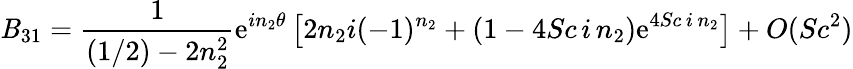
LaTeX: \mathit{B}_{31}={\frac{{1}}{{(1/2)-2n_{2}^{2}}}}\mathrm{{e}}^{in_{2}\theta}\left[2n_{2}i(-1)^{n_{2}}+(1-4Sc\, i\, n_{2})\mathrm{{e}}^{4Sc\, i\, n_{2}}\right]+O(Sc^{2})